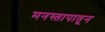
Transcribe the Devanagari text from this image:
मनस्तापातून